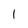
Character: 1